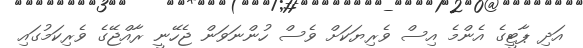
އަދި ޕާޓީގެ އެންމެ އިސް ވެރިޔަކަށް ވެސް ހުންނަވަން ޖެހޭނީ ރާއްޖޭގެ ވެރިކަމުގައި